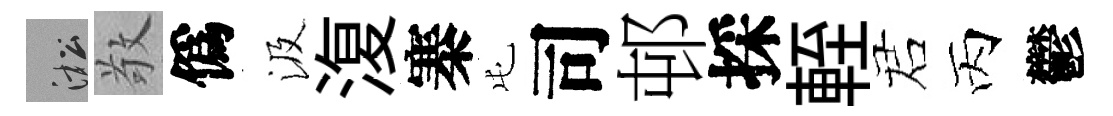
淞敬僞汲𣸪寨屯司邨採輊诺丙鬱